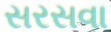
સરસવા